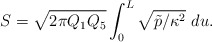
\begin{align*}S = \sqrt{2 \pi Q_1 Q_5} \int_0^L \sqrt{\tilde{p}/\kappa^2}\ du.\end{align*}